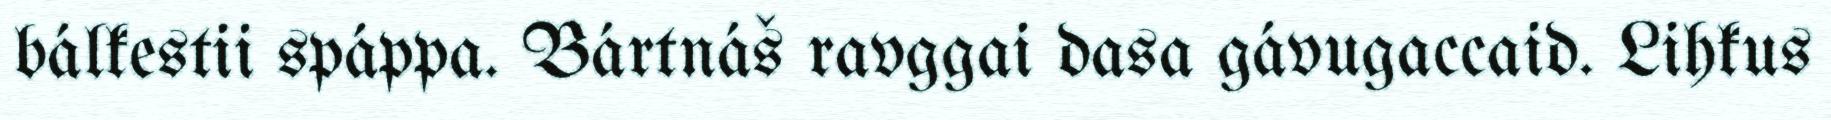
bálkestii spáppa. Bártnáš ravggai dasa gávugaccaid. Lihkus